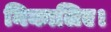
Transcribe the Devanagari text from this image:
निकालिए।